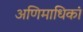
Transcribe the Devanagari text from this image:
अणिमाधिकां